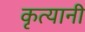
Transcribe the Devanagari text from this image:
कृत्यानी